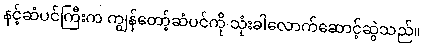
နင့်ဆံပင်ကြီးက ကျွန်တော့်ဆံပင်ကို သုံးခါလောက်ဆောင့်ဆွဲသည်။